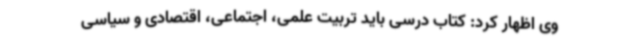
وی اظهار کرد: کتاب درسی باید تربیت علمی، اجتماعی، اقتصادی و سیاسی